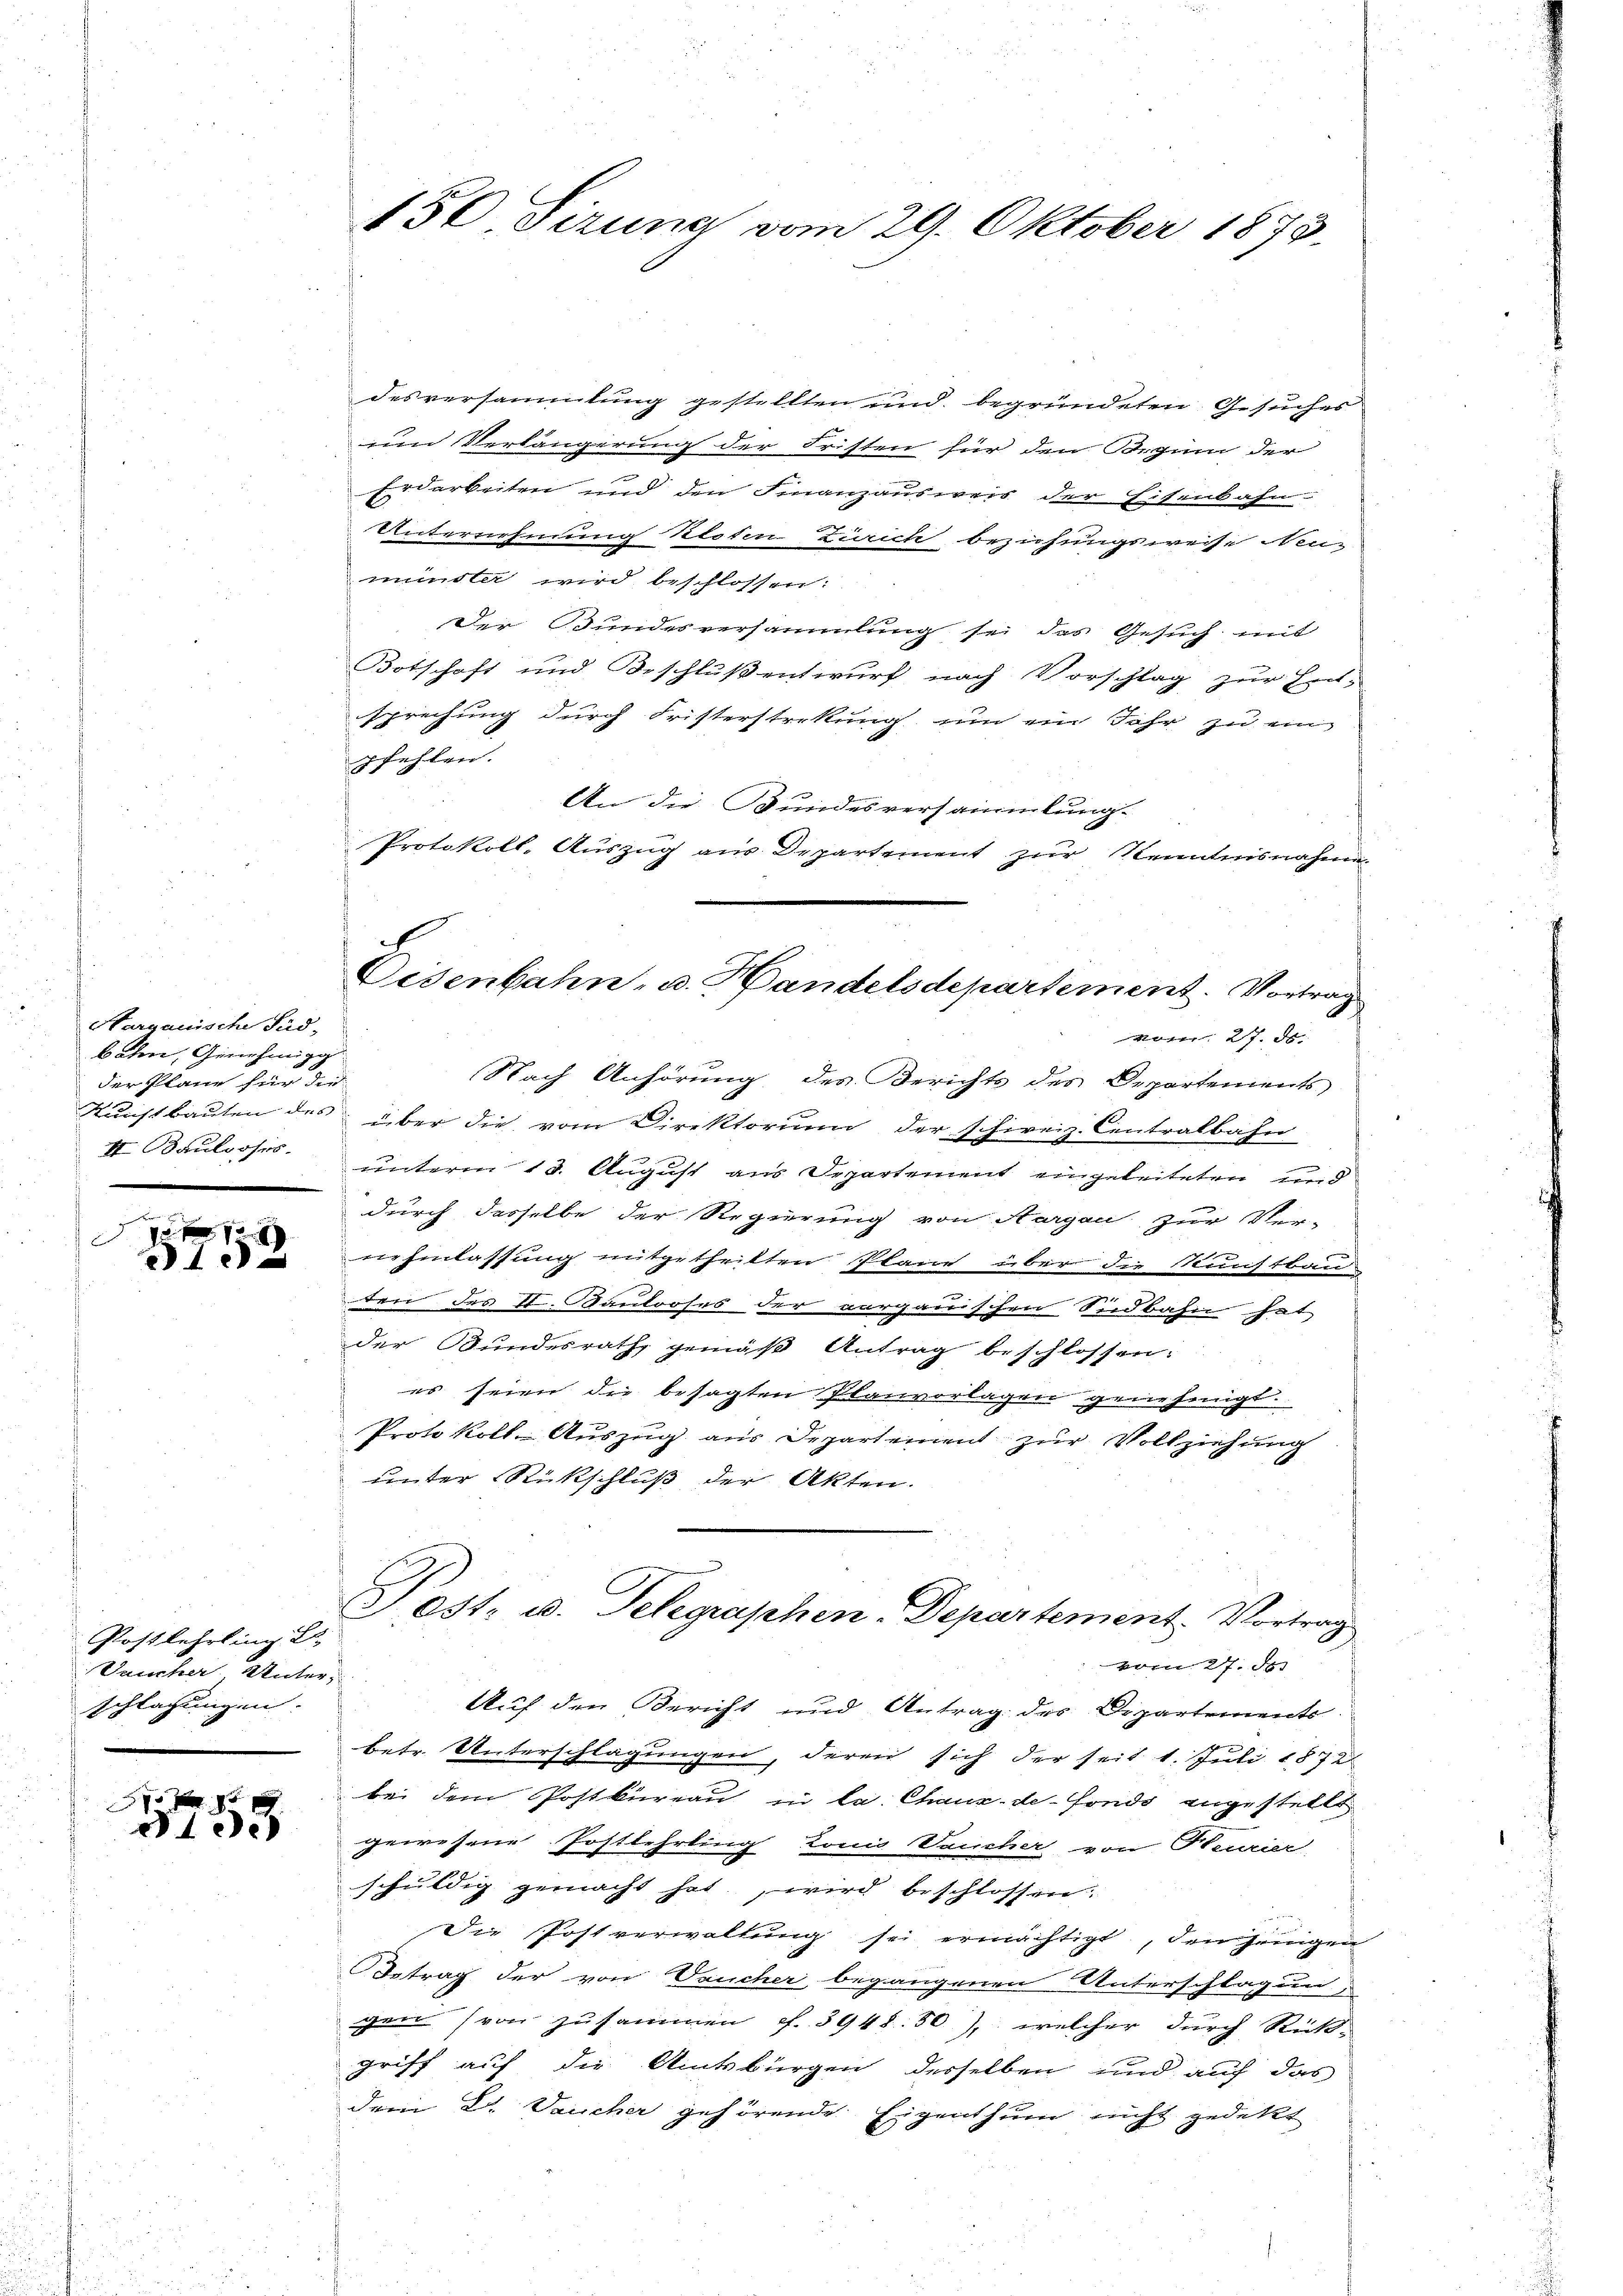
Hargauische Sad-
bahn, Genehmigg
der Pläne für die
II Bauloses.

12
10

Postlehrling Es
Vaucher Unterschlagungen.

7 x 15 x
dt de

desversammlung gestellten und begründeten Gesuches
um Verlängerung der Fristen für den Regum der
Erdarkeiten und den Finanzausweis der Eisenbahn¬
Unternehmung kloden Zürich beziehungsweise Weimünster wird beschlossen:
Der Bundesversammlung sei das Gesuch mit
Botschaft und Beschluß entwurf nach Vorschlag zur Entsprechung durch Fristerstretung um ein Jahr zu ein
pfehlen.
An die Bundesversammlung.
Protokoll-Auszug aus Departement zur Kenntnisnahme

150 Firung vom 29. Oktober 1873.

Nach Anhörung des Berichts des Departements
Kunstbauten des über die vom Direktorium der schireiz. Centralbahn
unterm 13. August aus Departement eingeleiteten und
durch desselbe der Regierung von Aargau zur Ver-
nehmlassung mitgetheilten Plane über die Kunstbauden des II. Kantooses der vorganischen Südbahn hat
der Bundesrath, gemäß Antrag beschlossen:
es seien die besagten Planvorlagen genehmigt.
Protokoll-Auszug aus Departement zur Vollziehung
unter Rückschluß der Akten.
Post- u. Telegraphen-Departement. Vortrag
vom 27. Je
Auf den Bericht und Antrag des Departements
betr. Unterschlagungen, deren sich der seit 1. Juli 1872
bei dem Postkureau in la. Chaux-de-Fonds angestellt
gewesene Postlehrling konis aucher, von Heurier
schuldig gemacht hat, wird beschlossen.
Die Postverwaltung sei ermächtigt, den jenigen
Betrag der von Trucher begangenen Unterschlagun
gen (von zusammen ff. 3948. 50), welcher durch Richt-
griff auf die Amtsbürgen derselben und auch das
dem L. Vaucher gehörende Eigenthum nicht gedekt

Eisenbahn- u. Handelsdepartement. Vortrag
vom 27. ds.